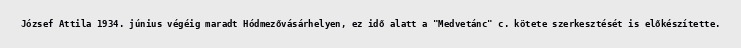
József Attila 1934. június végéig maradt Hódmezővásárhelyen, ez idő alatt a "Medvetánc" c. kötete szerkesztését is előkészítette.